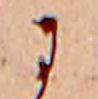
に